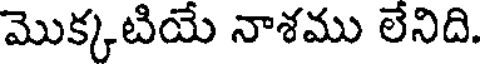
మొక్కటియే నాశము లేనిది.